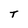
Character: T